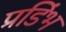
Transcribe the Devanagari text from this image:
प्रडिंभ